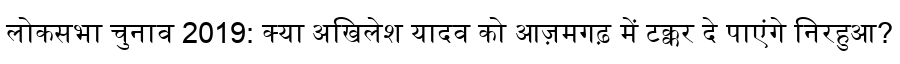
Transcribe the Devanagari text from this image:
लोकसभा चुनाव 2019: क्या अखिलेश यादव को आज़मगढ़ में टक्कर दे पाएंगे निरहुआ?